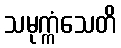
သမုက္ကံသေတိ